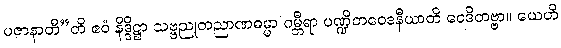
ပဇာနာတီ”တိ ဧဝံ နိဒ္ဒိဋ္ဌာ သဗ္ဗညုတညာဏဓမ္မာ ဂမ္ဘီရာ ပဏ္ဍိတဝေဒနီယာတိ ဝေဒိတဗ္ဗာ။ ယေဟိ